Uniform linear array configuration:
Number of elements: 8
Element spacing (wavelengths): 0.5
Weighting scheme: blackman
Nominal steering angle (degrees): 30
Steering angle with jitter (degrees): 29.633
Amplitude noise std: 0.05
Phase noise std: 0.05

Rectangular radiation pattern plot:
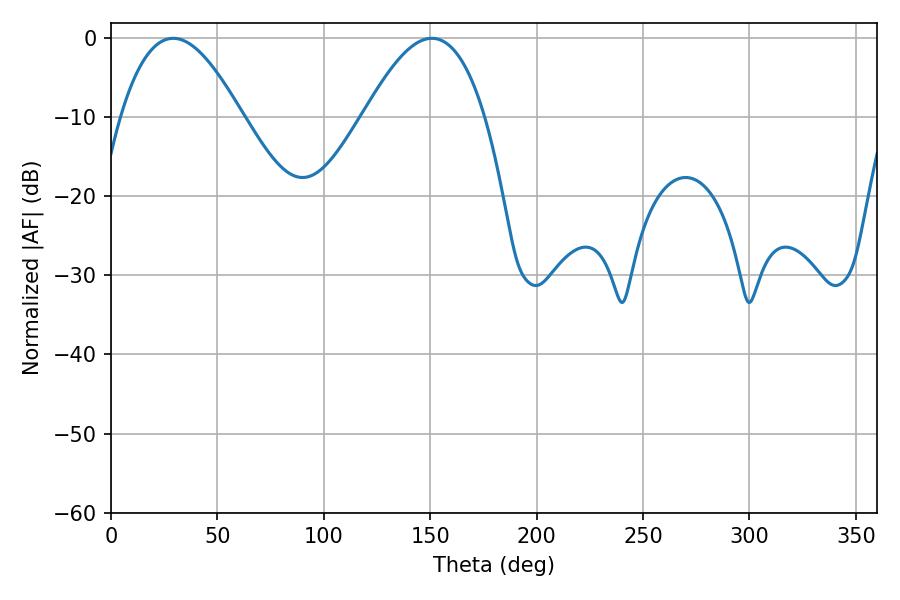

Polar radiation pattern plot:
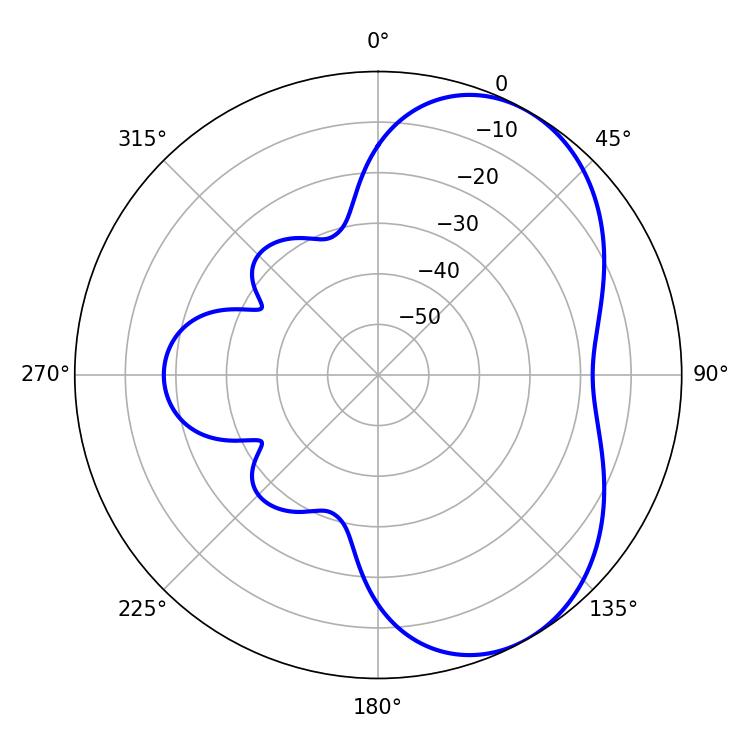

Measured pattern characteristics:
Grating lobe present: FALSE
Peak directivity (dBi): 5.194
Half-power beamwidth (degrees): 30.96
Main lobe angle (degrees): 29.16